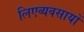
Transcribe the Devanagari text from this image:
लिएव्यवसायों